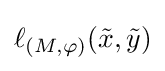
\ell _{(M,\varphi )}({\tilde {x}},{\tilde {y}})